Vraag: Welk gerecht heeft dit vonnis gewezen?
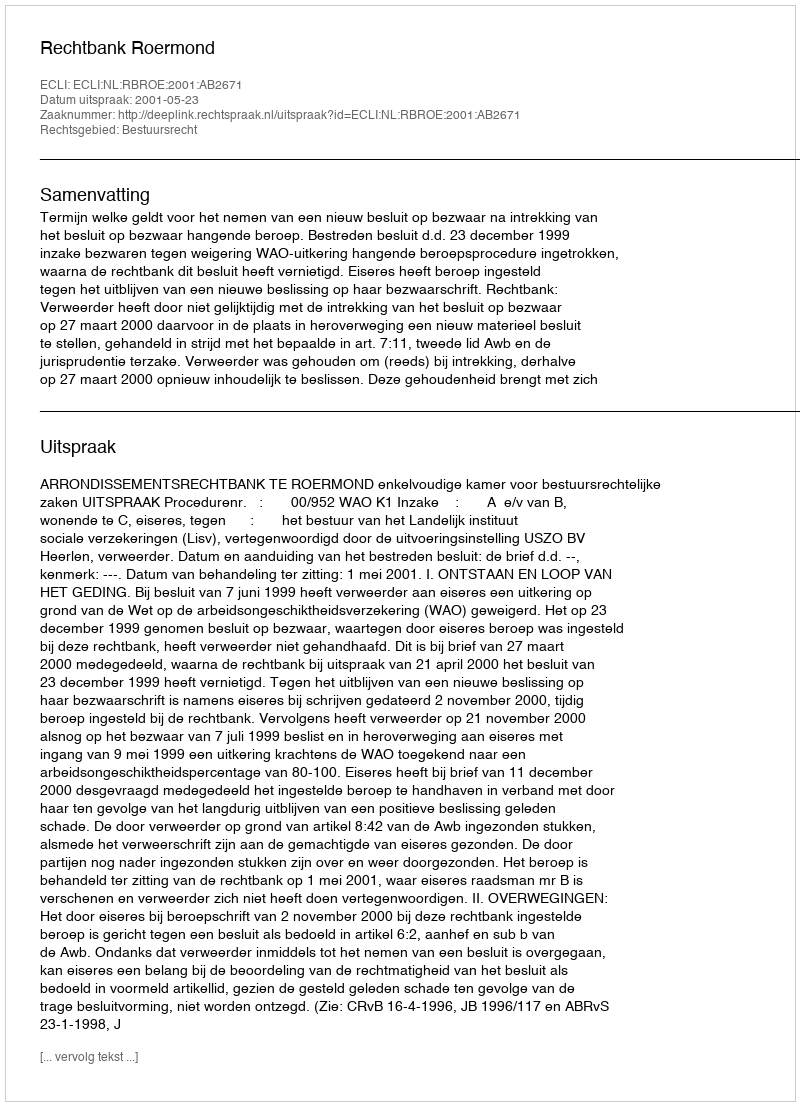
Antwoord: Rechtbank Roermond